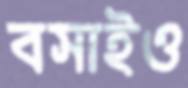
বসাইও